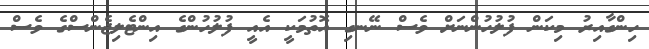
ހިންގާއިރު މިކަން ފުލުހުންނަށް ވެސް ނޭނގި އޮތުމަކީ އެއީ ފުލުހުންގެ އިންޓެލިޖެންސްގެ ވެސް